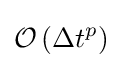
{\mathcal {O}}\left(\Delta t^{p}\right)